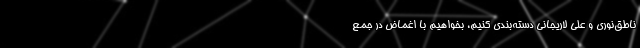
ناطق‌نوری و علی لاریجانی دسته‌بندی کنیم، بخواهیم با اغماض در جمع